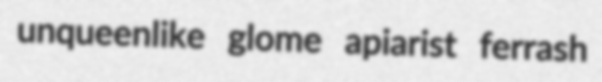
unqueenlike glome apiarist ferrash